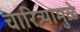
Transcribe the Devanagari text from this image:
चारित्र्यामुळे